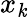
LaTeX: x_{\mathit{k}}